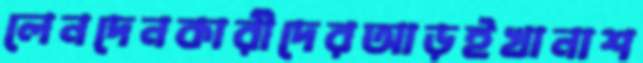
লেনদেনকারীদেরআড়ইখানাশ